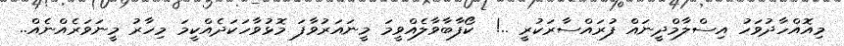
މިއޮއްހާދުވަހު އިސްލާމްދީނައް ފުރައްސާރަކުރީ ..!  ކޯފާބާވާލެއްވީމަ މީނައަރުވާފަ މޮޅުވާހަކަދެއްކީމަ މިހާރު މީނަވަރެއްނެއް..